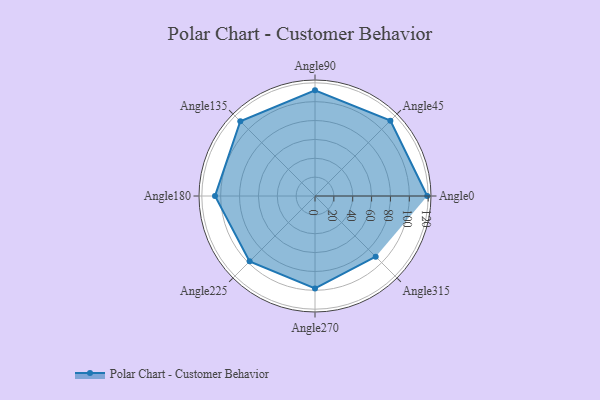
{"axis": {"x": "Angle", "y": "Radius"}, "legend": [""], "data": [{"x": "Angle0", "y": 119.0, "type": ""}, {"x": "Angle45", "y": 113.0, "type": ""}, {"x": "Angle90", "y": 112.0, "type": ""}, {"x": "Angle135", "y": 112.0, "type": ""}, {"x": "Angle180", "y": 106.0, "type": ""}, {"x": "Angle225", "y": 98.0, "type": ""}, {"x": "Angle270", "y": 98.0, "type": ""}, {"x": "Angle315", "y": 91.0, "type": ""}]}